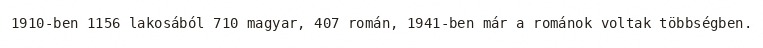
1910-ben 1156 lakosából 710 magyar, 407 román, 1941-ben már a románok voltak többségben.